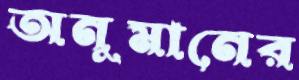
অনুমানের